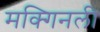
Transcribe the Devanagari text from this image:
मक्गिनली